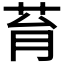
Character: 𦮌